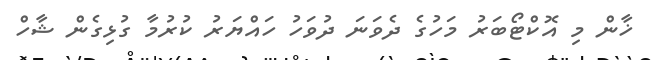
ޚާން މި އޮކްޓޯބަރު މަހުގެ ދެވަނަ ދުވަހު ހައްޔަރު ކުރުމާ ގުޅިގެން ޝާހް